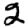
Digit: 2